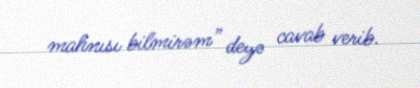
mahnısı bilmirəm” deyə cavab verib.